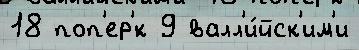
18 поп'ер'́к 9 валл'и́йск'им'и